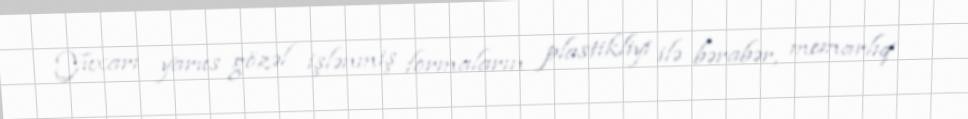
Yuxarı yarus gözəl işlənmiş formaların plastikliyi ilə bərabər, memarlıq